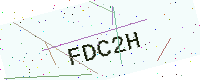
Text: FDC2H